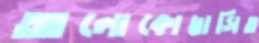
আলোকোদ্ভাসিত